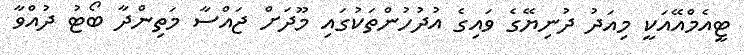
ޓީއެމްއޭއަކީ މިއަދު ދުނިޔޭގެ ވައިގެ އުދުހުންތަކުގައި މޫދަށް ޖައްސާ މަތިންދާ ބޯޓު ދުއްވާ